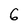
Character: 6